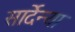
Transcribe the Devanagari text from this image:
सार्देन्या